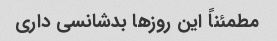
مطمئناً این روزها بدشانسی داری